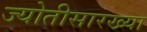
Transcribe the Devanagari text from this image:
ज्योतीसारख्या